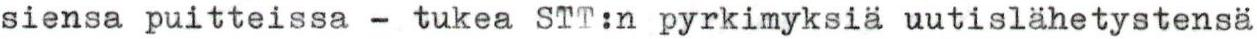
siensa puitteissa - tukea STT:n pyrkimyksiä uutislähetystensä